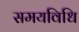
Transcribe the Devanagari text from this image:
समयविधि